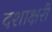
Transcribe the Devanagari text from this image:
दशाक्षरी